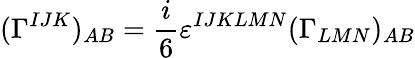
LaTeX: (\Gamma^{IJK})_{AB}=\frac{i}{6}\varepsilon^{IJKLMN}(\Gamma_{LMN})_{AB}